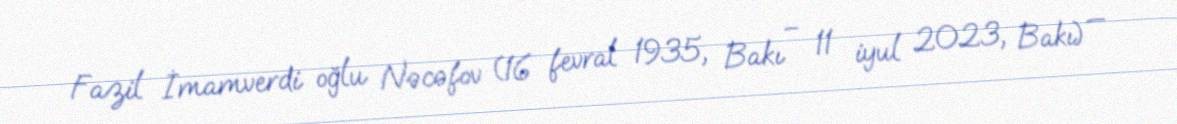
Fazil İmamverdi oğlu Nəcəfov (16 fevral 1935, Bakı – 11 iyul 2023, Bakı) —